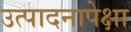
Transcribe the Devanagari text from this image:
उत्पादनापेक्षा